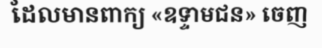
ដែលមានពាក្យ «ឧទ្ទាមជន» ចេញ